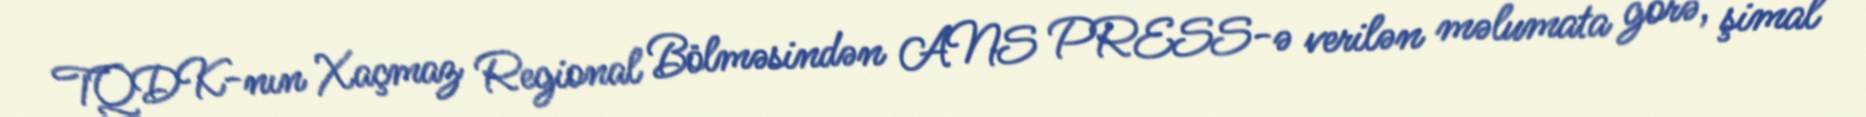
TQDK-nın Xaçmaz Regional Bölməsindən ANS PRESS-ə verilən məlumata görə, şimal